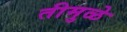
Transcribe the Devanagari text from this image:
तीमुळे